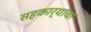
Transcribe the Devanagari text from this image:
सहकार्यांचा